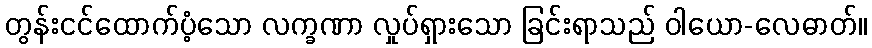
တွန်းငင်ထောက်ပံ့သော လက္ခဏာ လှုပ်ရှားသော ခြင်းရာသည် ဝါယော-လေဓာတ်။